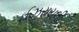
ઈઝરાયલી